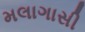
મલાગાસી